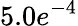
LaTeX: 5.0e^{-4}